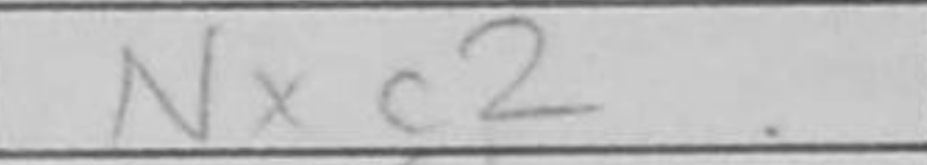
Transcription: Nxc2